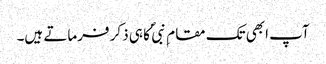
آپ ابھی تک مقام ِ نبی ؐ کا ہی ذکر فرماتے ہیں۔